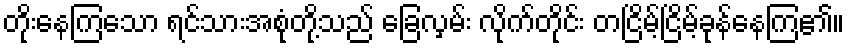
တိုးနေကြသော ရင်သားအစုံတို့သည် ခြေလှမ်း လိုက်တိုင်း တငြိမ့်ငြိမ့်ခုန်နေကြ၏။